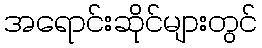
အရောင်းဆိုင်များတွင်